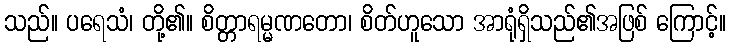
သည်။ ပရေသံ၊ တို့၏။ စိတ္တာရမ္မဏတော၊ စိတ်ဟူသော အာရုံရှိသည်၏အဖြစ် ကြောင့်။